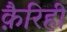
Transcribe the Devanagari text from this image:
क़ैरिही